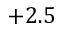
+ 2 . 5